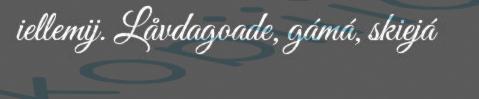
iellemij. Låvdagoade, gámá, skiejá